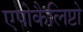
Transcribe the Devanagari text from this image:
एपोकैलिप्टो